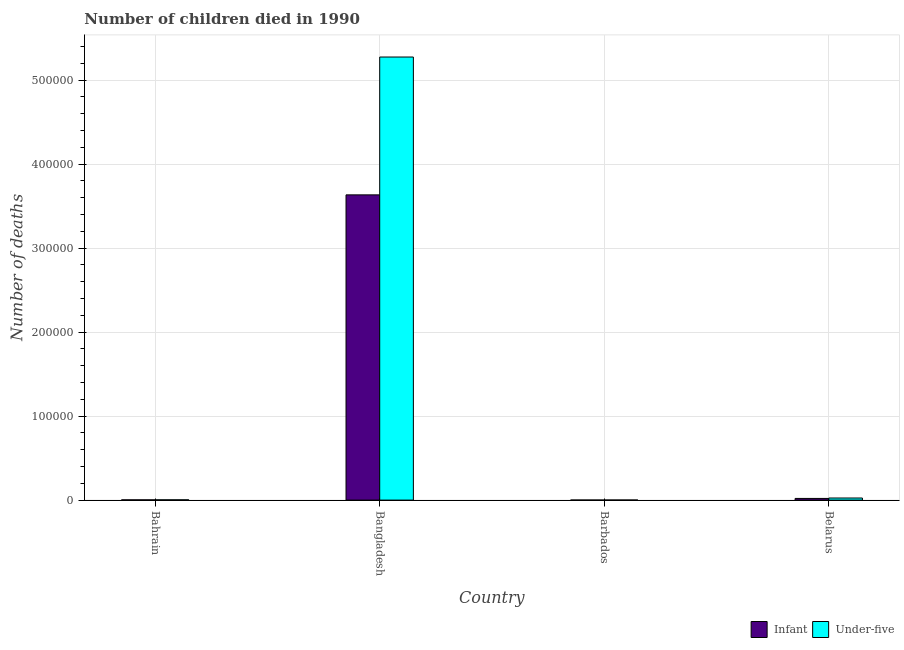
| Country | Infant | Under-five |
 | --- | --- | --- |
 | Bahrain | 284 | 331 |
 | Bangladesh | 3.63e+05 | 5.28e+05 |
 | Barbados | 64 | 72 |
 | Belarus | 1.99e+03 | 2.5e+03 |